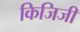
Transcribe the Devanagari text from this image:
किजिजी